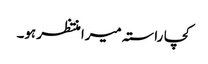
کچا راستہ میرا منتظر ہو۔